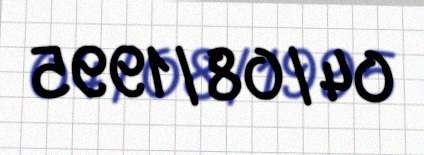
04/08/1995